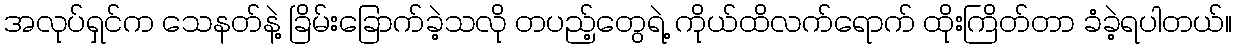
အလုပ်ရှင်က သေနတ်နဲ့ ခြိမ်းခြောက်ခဲ့သလို တပည့်တွေရဲ့ ကိုယ်ထိလက်ရောက် ထိုးကြိတ်တာ ခံခဲ့ရပါတယ်။